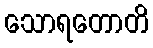
သောရတောတိ